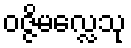
ဝဇ္ဇိမလ္လေသု